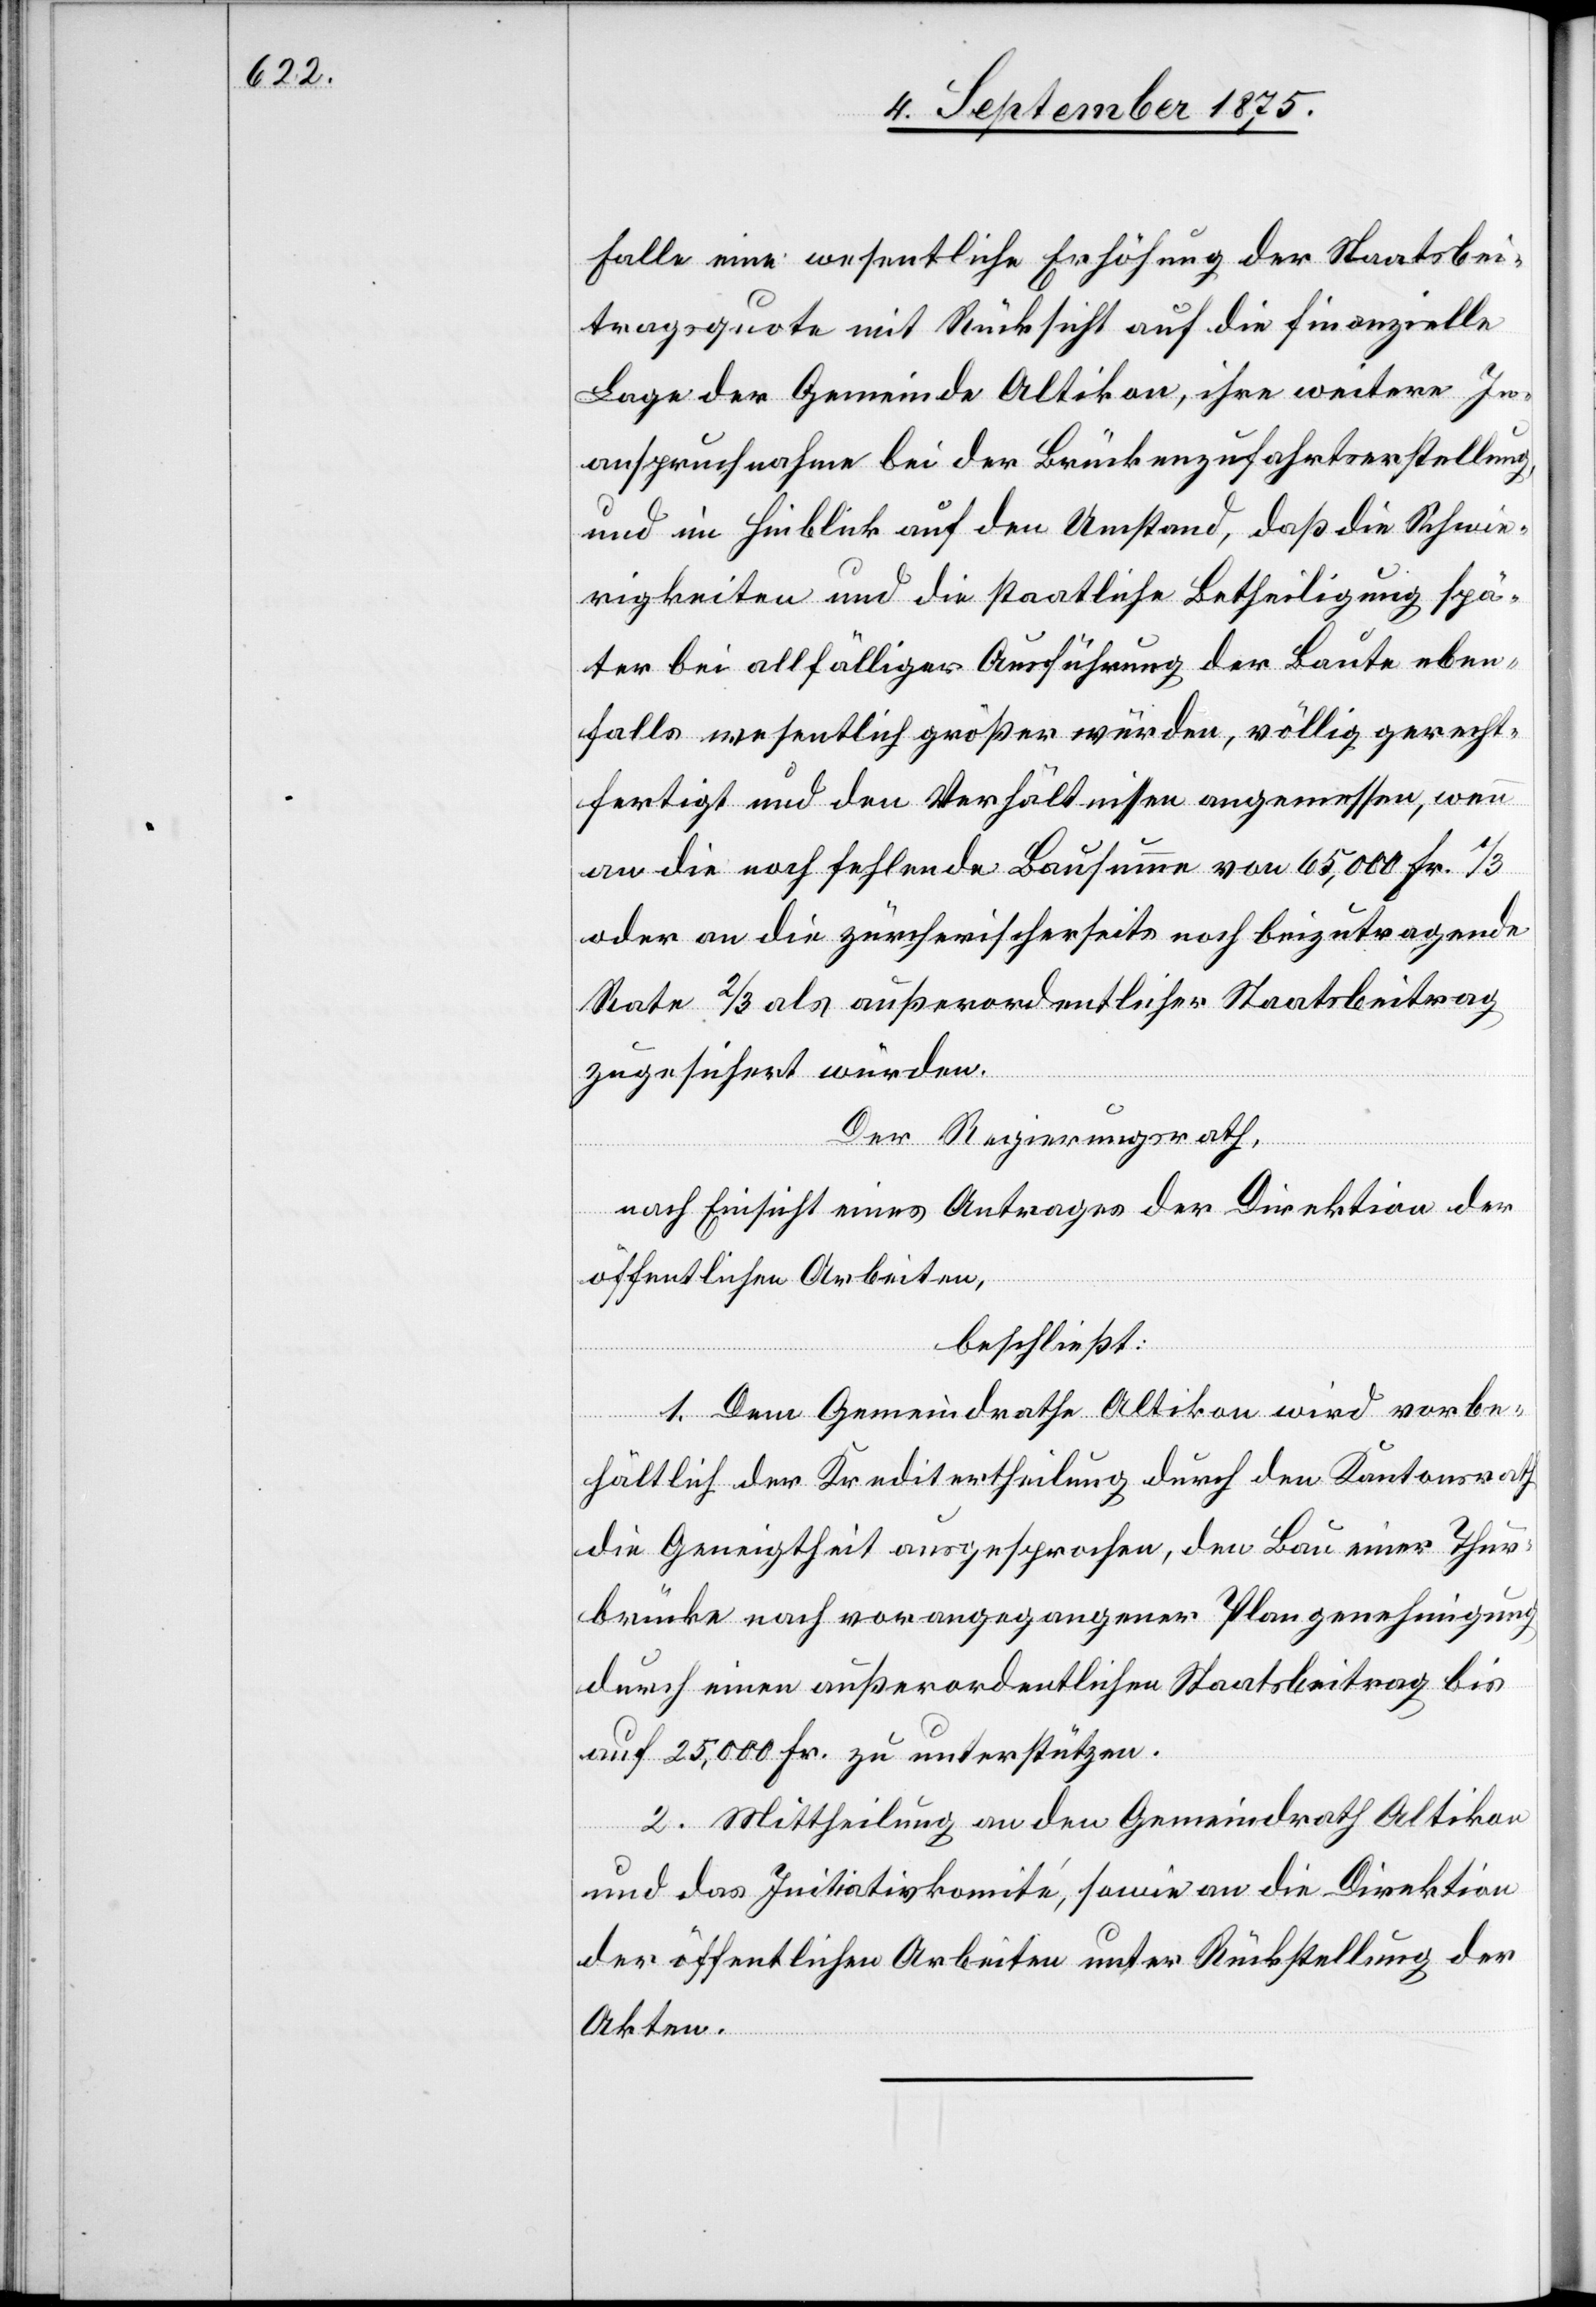
Falle eine wesentliche Erhöhung der Staatsbei¬
tragsquote mit Rücksicht auf die finanzielle
Lage der Gemeinde Altikon, ihre weitere In¬
anspruchnahme bei der Brückenzufahrtserstellung
und im Hinblick auf den Umstand, daß die Schwie¬
rigkeiten und die staatliche Betheiligung spä¬
ter bei allfälliger Ausführung der Baute eben¬
falls wesentlich größer würden, völlig gerecht¬
fertigt und den Verhältnissen angemessen, wenn
an die noch fehlende Bausumme von 65,000 Fr. 1/3
oder an die zürcherischerseits noch beizutragende
Rate 2/3 als außerordentlicher Staatsbeitrag
zugesichert würden.
Der Regierungsrath,
nach Einsicht eines Antrages der Direktion der
öffentlichen Arbeiten,
beschließt:
1. Dem Gemeindrathe Altikon wird vorbe¬
hältlich der Kreditertheilung durch den Kantonsrath
die Geneigtheit ausgesprochen, den Bau einer Thur¬
brücke nach vorangegangener Plangenehmigung
durch einen außerordentlichen Staatsbeitrag bis
auf Fr. 25,000 Fr. zu unterstützen.
2. Mittheilung an den Gemeindrath Altikon
und das Initiativkomité, sowie an die Direktion
der öffentlichen Arbeiten unter Rückstellung der
Akten.